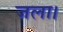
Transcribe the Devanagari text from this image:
जला।